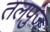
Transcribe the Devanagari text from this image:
तलपुंज